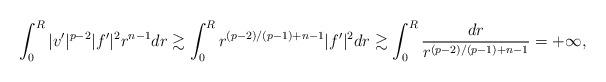
LaTeX: \begin{align*} \int_0^R |v'|^{p-2} |f'|^2 r^{n-1} dr \gtrsim \int_0^{R} r^{(p-2)/(p-1)+n-1} |f'|^2 dr \gtrsim \int_0^R \frac{dr}{r^{(p-2)/(p-1)+n-1} }=+\infty, \end{align*}